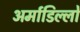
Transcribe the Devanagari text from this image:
अर्माडिल्लो